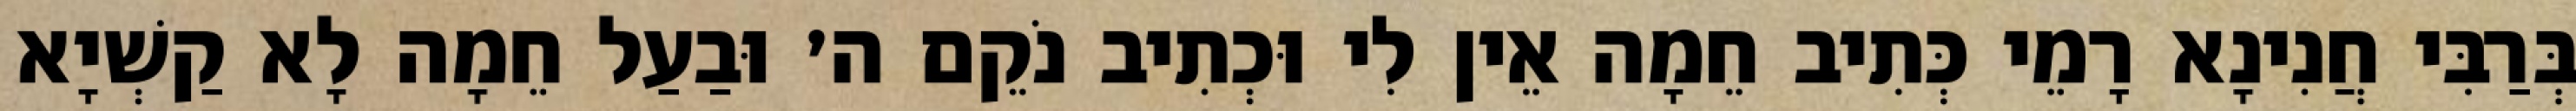
בְּרַבִּי חֲנִינָא רָמֵי כְּתִיב חֵמָה אֵין לִי וּכְתִיב נֹקֵם ה׳ וּבַעַל חֵמָה לָא קַשְׁיָא